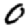
Digit: 0